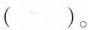
（ ）。